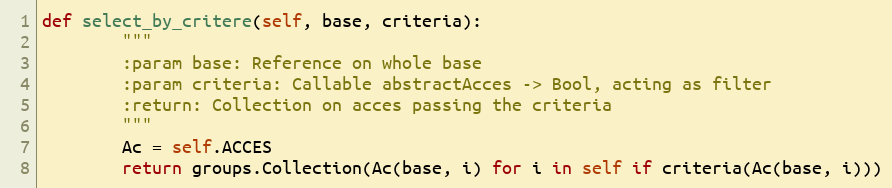
Language: Python
def select_by_critere(self, base, criteria):
        """
        :param base: Reference on whole base
        :param criteria: Callable abstractAcces -> Bool, acting as filter
        :return: Collection on acces passing the criteria
        """
        Ac = self.ACCES
        return groups.Collection(Ac(base, i) for i in self if criteria(Ac(base, i)))